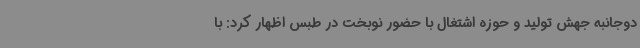
دوجانبه جهش تولید و حوزه اشتغال با حضور نوبخت در طبس اظهار کرد: با